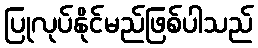
ပြုလုပ်နိုင်မည်ဖြစ်ပါသည်